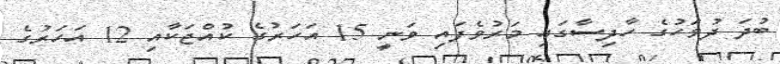
ބުދަ ދުވަހުގެ ހާދިސާގައި މަރުވެފައި ވަނީ 15 އަހަރުގެ ކުއްޖަކާއި 12 އަހަރުގެ